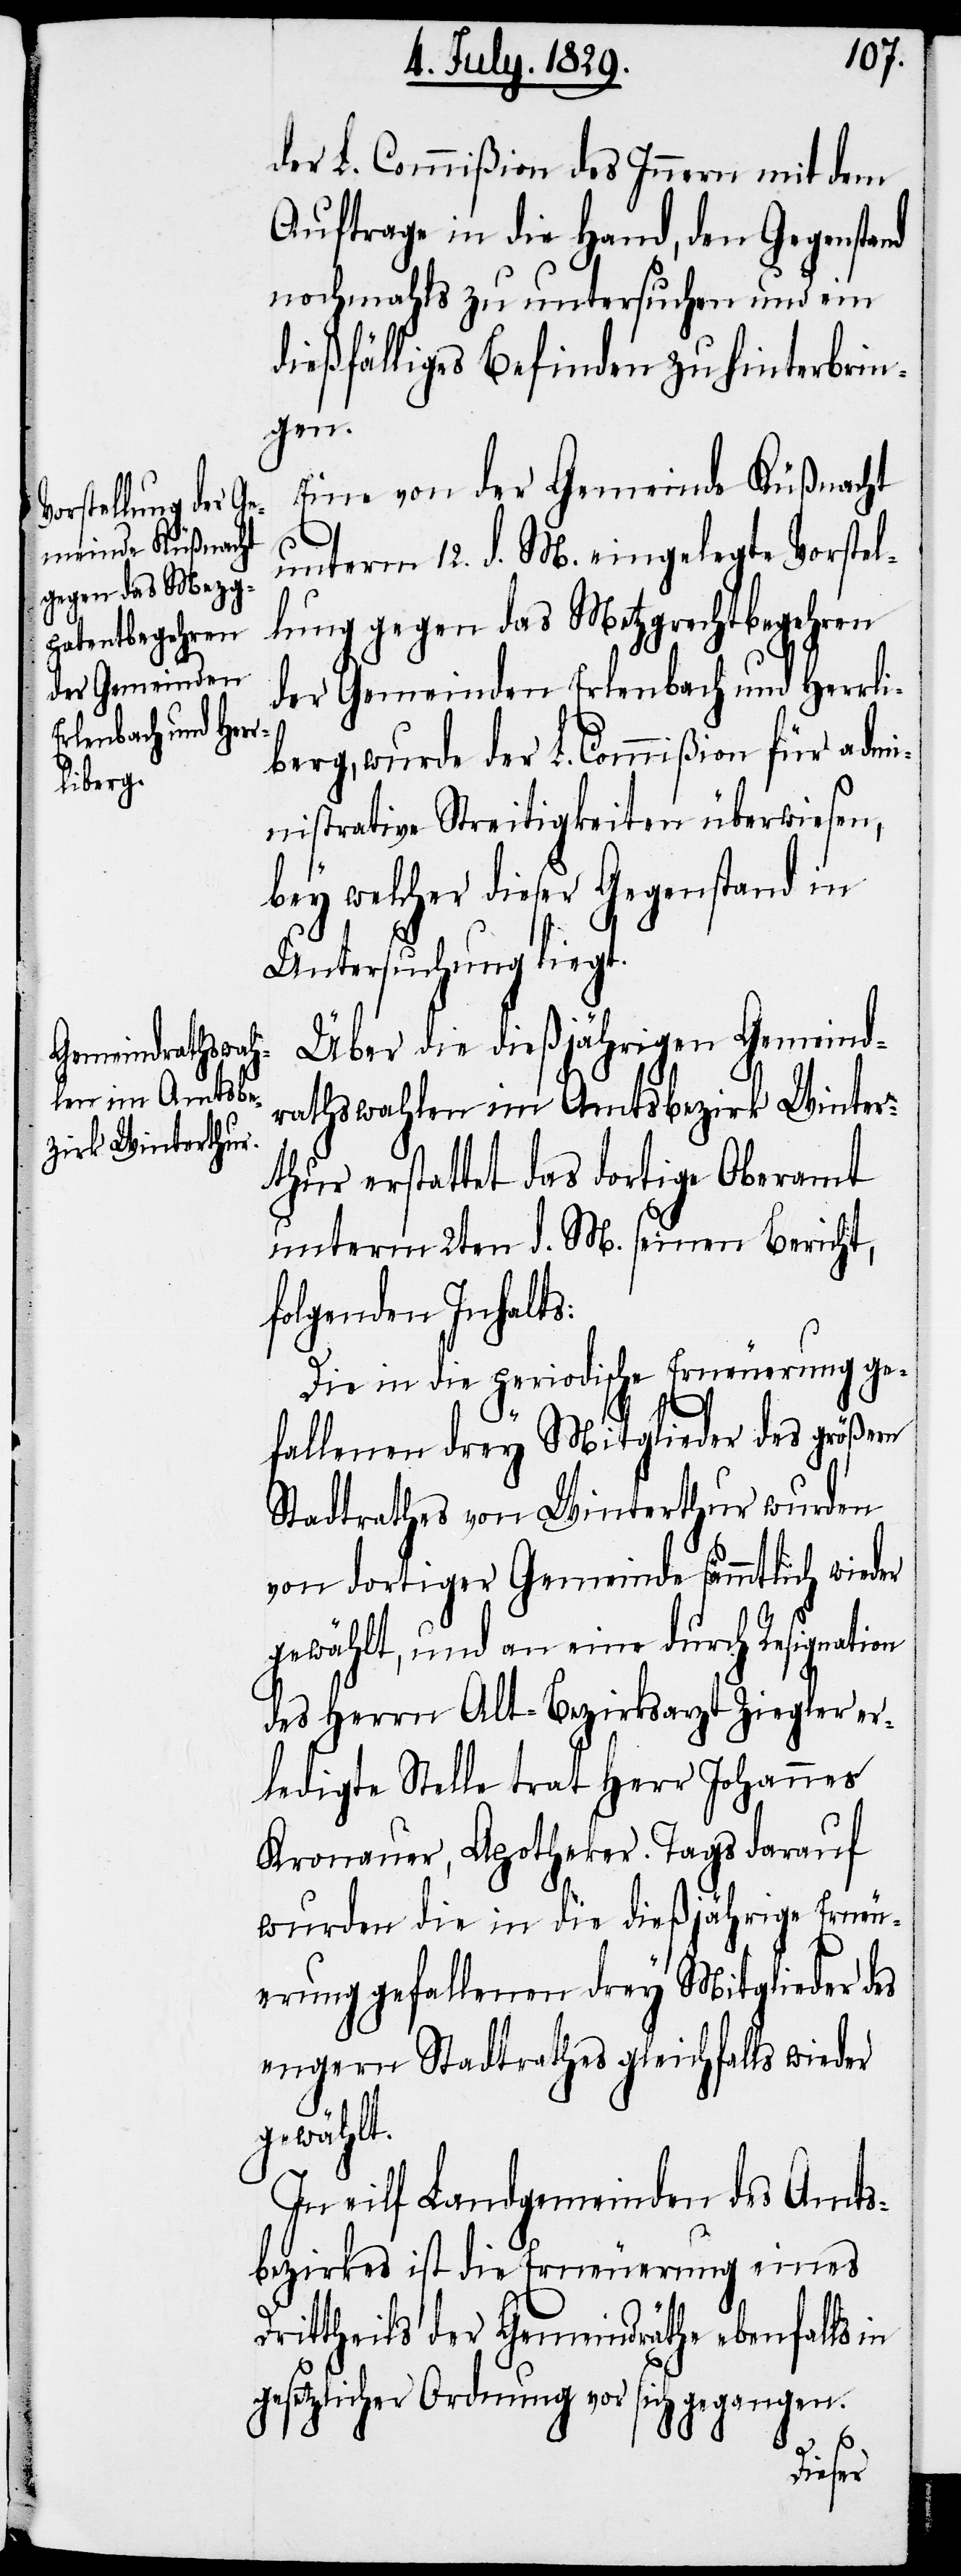
der L. Commißion des Innern mit dem
Auftrage in die Hand, den Gegenstand
nochmahls zu untersuchen und ein
dießfälliges Befinden zu hinterbrin¬
gen.
Eine von der Gemeinde Küßnacht
unterm 12. d. M. eingelegte Vorstel¬
lung gegen das Metzgrechtbegehren
der Gemeinden Erlenbach und Herrli¬
berg, wurde der L. Commißion für admi¬
nistrative Streitigkeiten überwiesen,
bey welcher dieser Gegenstand in
Untersuchung liegt.
Über die dießjährigen Gemeind¬
rathswahlen im Amtsbezirk Winter¬
thur erstattet das dortige Oberamt
unterm 2ten d. M. seinen Bericht,
folgenden Inhalts:
Die in die periodische Erneuerung ge¬
fallenen drey Mitglieder des größern
Stadtrathes von Winterthur wurden
von dortiger Gemeinde sämmtlich wieder
gewählt, und an eine durch Resignation
des Herrn Alt-Bezirksarzt Ziegler er¬
ledigte Stelle trat Herr Johannes
Kronauer, Apotheker. Tags darauf
wurden die in die dießjährige Erneu¬
erung gefallenen drey Mitglieder des
engern Stadtrathes gleichfalls wieder
gewählt.
In eilf Landgemeinden des Amts¬
bezirkes ist die Erneuerung eines
Drittheils der Gemeindräthe ebenfalls in
gesetzlicher Ordnung vor sich gegangen.